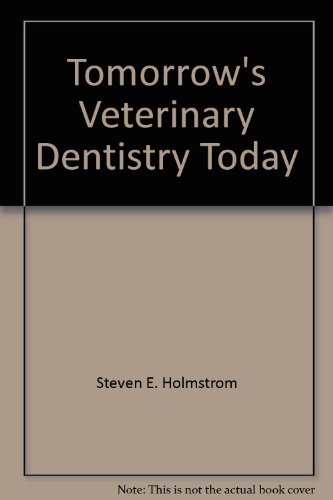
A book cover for Tomorrow's Veterinary Dentistry Today; Steven E. Holmstrom; Medical Books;